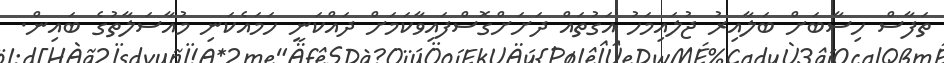
ތަފާސް ހިސާބަށް ބަލާއިރު ޖުލައިމަހު އަގުތައް ދަށަށްގޮސްފައިވާކަމަށް ދައްކަނީ ހަމައެކަނި މުއާސަލާތުގެ ބައިން.